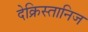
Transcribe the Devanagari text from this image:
देक्रिस्तानिज